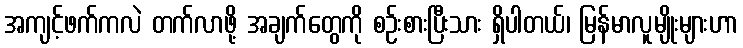
အကျင့်ဖက်ကလဲ တက်လာဖို့ အချက်တွေကို စဉ်းစားပြီးသား ရှိပါတယ်၊ မြန်မာလူမျိုးများဟာ